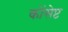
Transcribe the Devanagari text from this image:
कोंसेप्ट